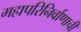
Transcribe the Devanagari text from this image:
महापरिनिर्वाणाची